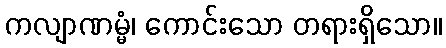
ကလျာဏမ္မံ၊ ကောင်းသော တရားရှိသော။